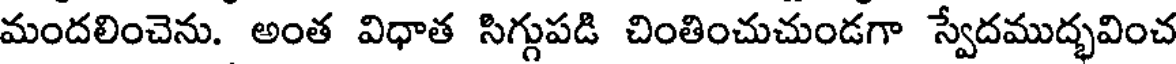
మందలించెను. అంత విధాత సిగ్గుపడి చింతించుచుండగా స్వేదముద్భవించ